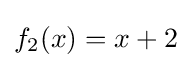
f_{2}(x)=x+2